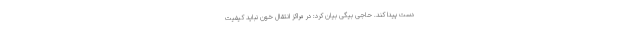
دست پیدا کند. حاجی بیگی بیان کرد: در مراکز انتقال خون نباید کیفیت